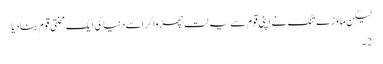
لیکن ماؤزے تنگ نے اپنی قوم سے یہ لت چھڑوا کر اسے دنیا کی ایک محنتی قوم بنادیا
2۔